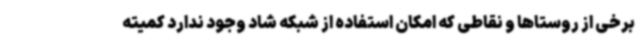
برخی از روستاها و نقاطی که امکان استفاده از شبکه شاد وجود ندارد کمیته